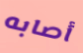
أصابه